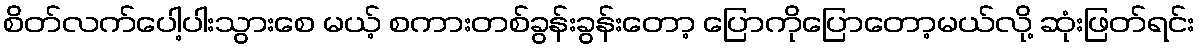
စိတ်လက်ပေါ့ပါးသွားစေ မယ့် စကားတစ်ခွန်းခွန်းတော့ ပြောကိုပြောတော့မယ်လို့ ဆုံးဖြတ်ရင်း